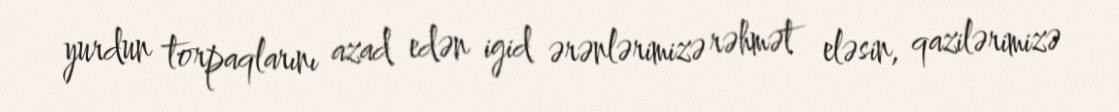
yurdun torpaqlarını azad edən igid ərənlərimizə rəhmət eləsin, qazilərimizə